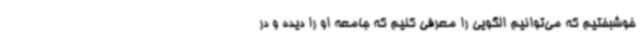
خوشبختیم که می‌توانیم الگویی را معرفی کنیم که جامعه او را دیده و در